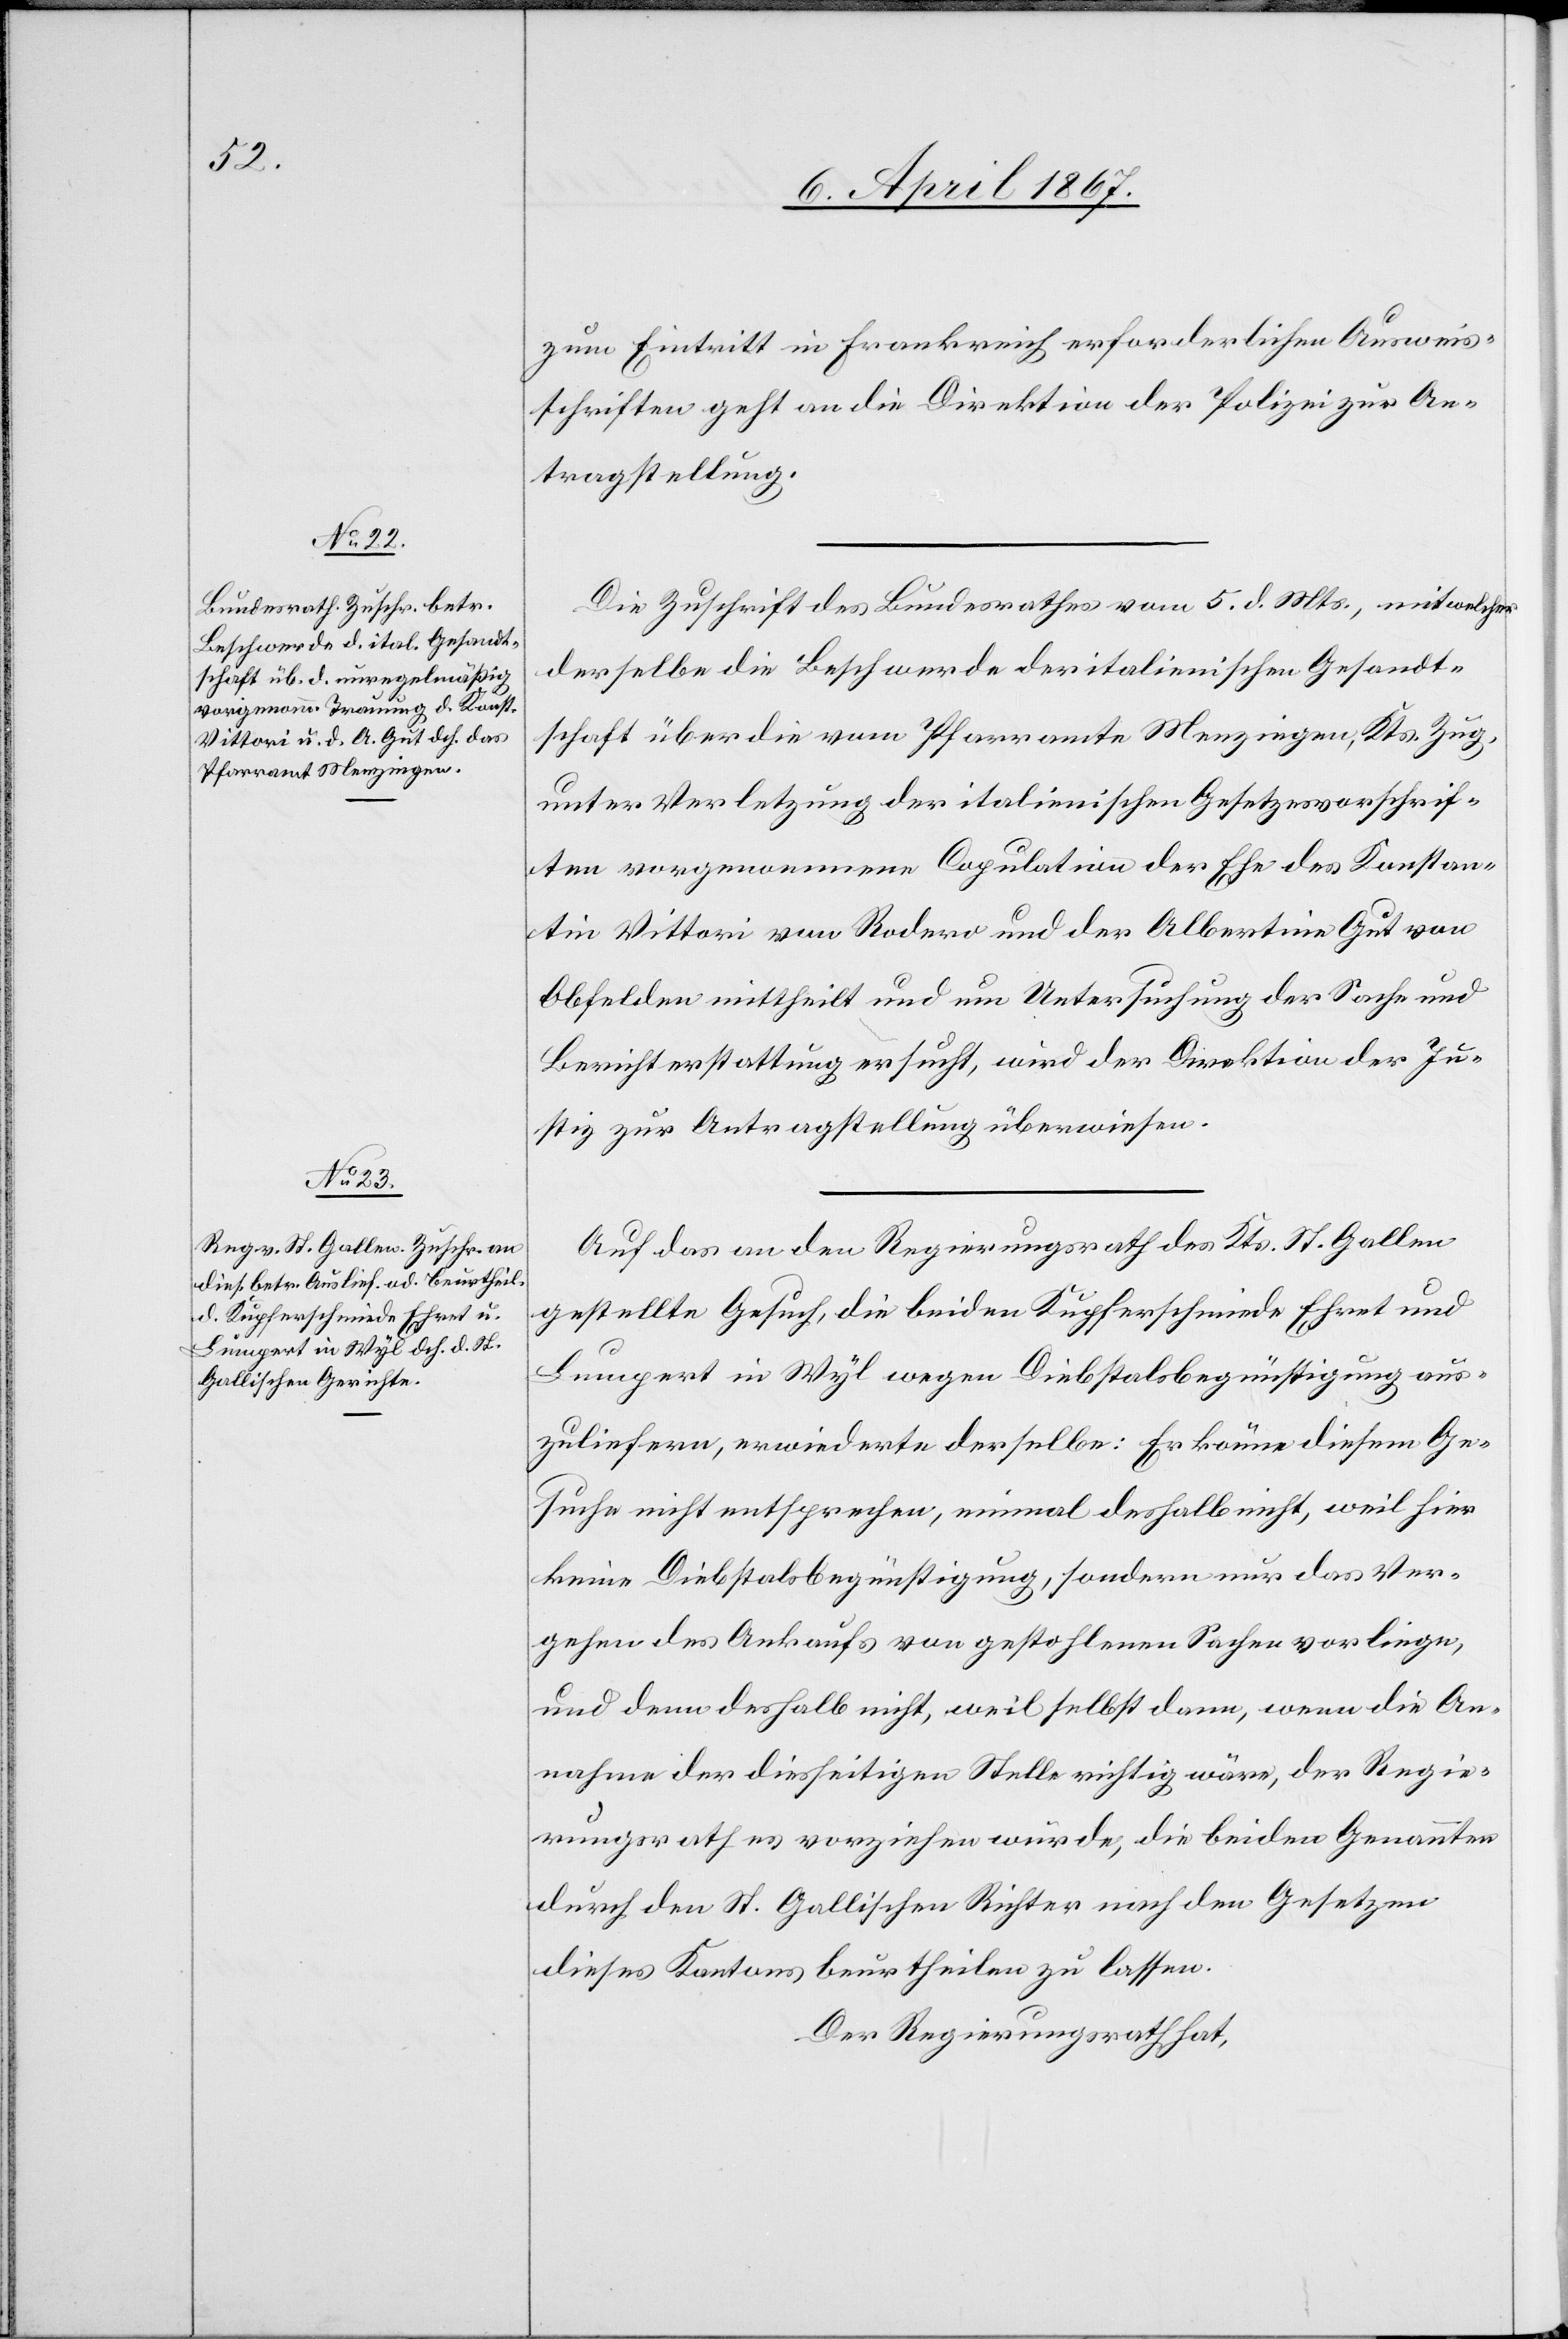
8. April 1867.]
zum Eintritt in Frankreich erforderlichen Ausweis¬
schriften geht an die Direktion der Polizei zur An¬
tragstellung.
Die Zuschrift des Bundesrathes vom 5. d. Mts., mit welcher
derselbe die Beschwerde der italienischen Gesandt¬
schaft über die vom Pfarramte Menzingen, Kts. Zug,
unter Verletzung der italienischen Gesetzesvorschrif¬
ten vorgenommenen Copulation der Ehe des Konstan¬
tin Vittori von Rodero und der Albertine Gut von
Obfelden mittheilt und um Untersuchung der Sache und
Berichterstattung ersucht, wird der Direktion der Ju¬
stiz zur Antragstellung überwiesen.
Auf das an den Regierungsrath des Kts. St. Gallen
gestellte Gesuch, die beiden Kupferschmiede Ehret und
Lumpert in Wyl wegen Diebstalsbegünstigung aus¬
zuliefern, erwiederte derselbe: Er könne diesem Ge¬
suche nicht entsprechen, einmal deshalb nicht, weil hier
keine Diebstalsbegünstigung, sondern nur das Ver¬
gehen des Ankaufs von gestohlenen Sachen vorliege,
und dann deshalb nicht, weil selbst dann, wenn die An¬
nahme der diesseitigen Stelle richtig wäre, der Regie¬
rungsrath es vorziehen würde, die beiden Genannten
durch den St. Gallischen Richter nach den Gesetzen
dieses Kantons beurtheilen zu lassen.
Der Regierungsrath hat,